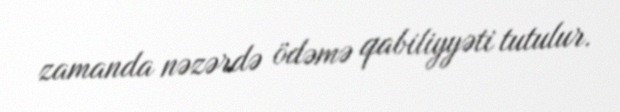
zamanda nəzərdə ödəmə qabiliyyəti tutulur.